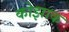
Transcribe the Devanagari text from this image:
कोझाक